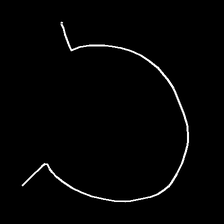
Glyph: weave